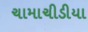
ચામાચીડીયા